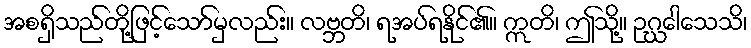
အစရှိသည်တို့ဖြင့်သော်မှလည်း။ လဗ္ဘတိ၊ ရအပ်ရနိုင်၏။ ဣတိ၊ ဤသို့။ ဥဂ္ဃေါသေသိ၊